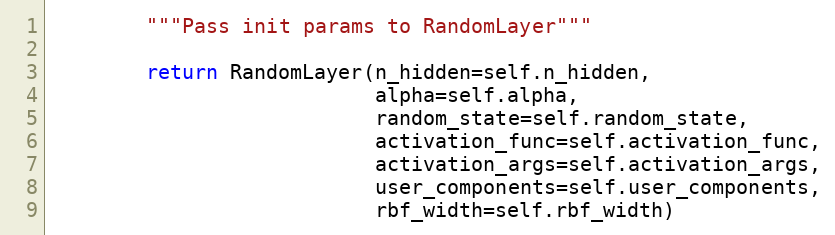
Language: Python
        """Pass init params to RandomLayer"""

        return RandomLayer(n_hidden=self.n_hidden,
                           alpha=self.alpha,
                           random_state=self.random_state,
                           activation_func=self.activation_func,
                           activation_args=self.activation_args,
                           user_components=self.user_components,
                           rbf_width=self.rbf_width)